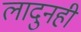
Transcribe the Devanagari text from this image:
लादुनही